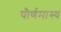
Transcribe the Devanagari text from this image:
पौर्णमास्य